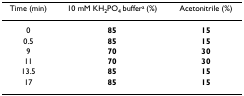
<table><thead><tr><td><b>Time (min)</b></td><td><b>10 mM KH<sub>2</sub>PO<sub>4 </sub>buffer<sup>a </sup>(%)</b></td><td><b>Acetonitrile (%)</b></td></tr></thead><tbody><tr><td>0</td><td><b>85</b></td><td><b>15</b></td></tr><tr><td>0.5</td><td><b>85</b></td><td><b>15</b></td></tr><tr><td>9</td><td><b>70</b></td><td><b>30</b></td></tr><tr><td>11</td><td><b>70</b></td><td><b>30</b></td></tr><tr><td>13.5</td><td><b>85</b></td><td><b>15</b></td></tr><tr><td>17</td><td><b>85</b></td><td><b>15</b></td></tr></tbody></table>